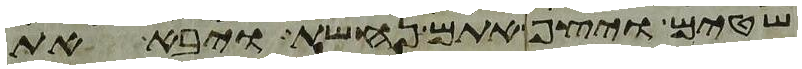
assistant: שטים ויצף אתם נחשת ויבא את